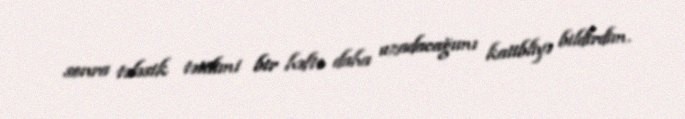
sonra tələsik tətilimi bir həftə daha uzadacağımı katibliyə bildirdim.